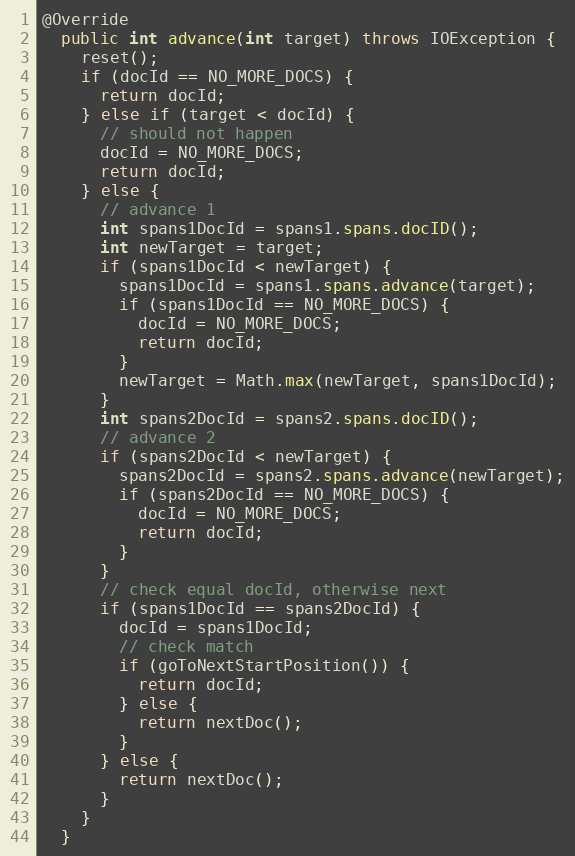
Language: Java
@Override
  public int advance(int target) throws IOException {
    reset();
    if (docId == NO_MORE_DOCS) {
      return docId;
    } else if (target < docId) {
      // should not happen
      docId = NO_MORE_DOCS;
      return docId;
    } else {
      // advance 1
      int spans1DocId = spans1.spans.docID();
      int newTarget = target;
      if (spans1DocId < newTarget) {
        spans1DocId = spans1.spans.advance(target);
        if (spans1DocId == NO_MORE_DOCS) {
          docId = NO_MORE_DOCS;
          return docId;
        }
        newTarget = Math.max(newTarget, spans1DocId);
      }
      int spans2DocId = spans2.spans.docID();
      // advance 2
      if (spans2DocId < newTarget) {
        spans2DocId = spans2.spans.advance(newTarget);
        if (spans2DocId == NO_MORE_DOCS) {
          docId = NO_MORE_DOCS;
          return docId;
        }
      }
      // check equal docId, otherwise next
      if (spans1DocId == spans2DocId) {
        docId = spans1DocId;
        // check match
        if (goToNextStartPosition()) {
          return docId;
        } else {
          return nextDoc();
        }
      } else {
        return nextDoc();
      }
    }
  }